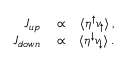
\begin{array} { r l r } { J _ { u p } } & { { } \propto } & { \langle \eta ^ { \uparrow } v _ { \uparrow } \rangle \, , } \\ { J _ { d o w n } } & { { } \propto } & { \langle \eta ^ { \downarrow } v _ { \downarrow } \rangle \, . } \end{array}